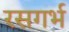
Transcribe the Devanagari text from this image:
रसगर्भ